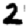
Digit: 2